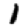
Digit: 1